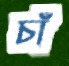
চাঁ